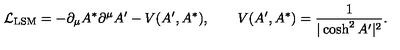
{ \cal L } _ { \mathrm { L S M } } = - \partial _ { \mu } A ^ { * } \partial ^ { \mu } A ^ { \prime } - V ( A ^ { \prime } , A ^ { * } ) , \qquad V ( A ^ { \prime } , A ^ { * } ) = { \frac { 1 } { | \cosh ^ { 2 } A ^ { \prime } | ^ { 2 } } } .